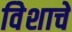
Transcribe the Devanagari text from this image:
विेशाचे